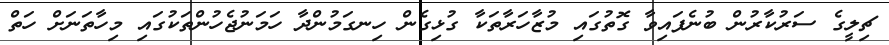
ޗިލީގެ ސަރުކާރުން ބުނެފައިވާ ގޮތުގައި މުޒާހަރާތަކާ ގުޅިގެން ހިނގަމުންދާ ހަމަނުޖެހުންތަކުގައި މިހާތަނަށް ހަތް